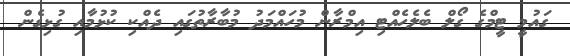
ގައުމީ ޓީމްގެ ގޯލް ބެލެހެއްޓި އިމްރާން މުހައްމަދު މުބާރާތުގައި ދެއްކި ކުޅުމާއި ގުޅިގެން